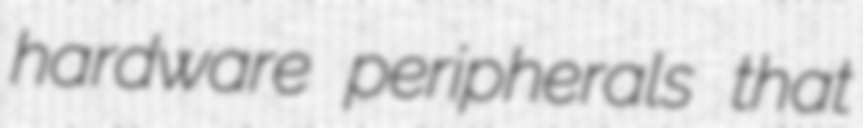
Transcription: hardware peripherals that